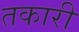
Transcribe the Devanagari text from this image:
तकारी